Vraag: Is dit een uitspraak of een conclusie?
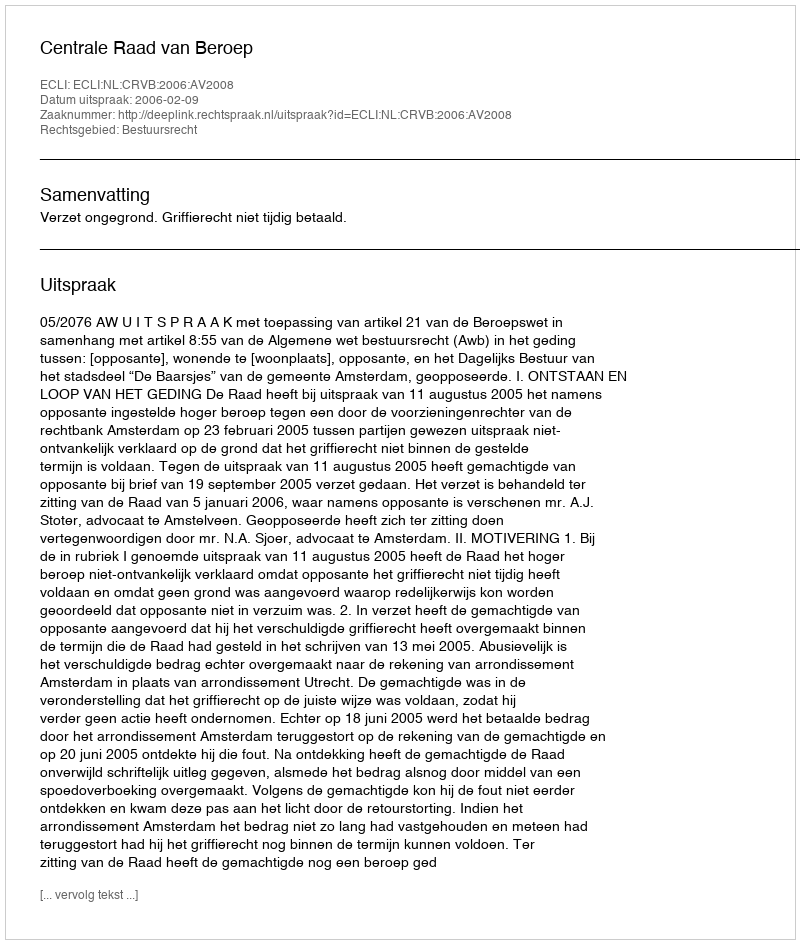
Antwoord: Uitspraak